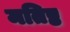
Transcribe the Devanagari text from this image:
मतिष्ठ